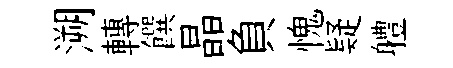
溯轉饌晶負愧疑軆